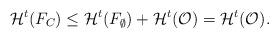
LaTeX: \begin{align*}\mathcal{H}^t(F_C) &\leq \mathcal{H}^t(F_\emptyset) + \mathcal{H}^t(\mathcal{O}) = \mathcal{H}^t(\mathcal{O}).\end{align*}